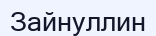
Зайнуллин